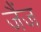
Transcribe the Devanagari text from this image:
जैंज